65_HS1-834228961_62-HQ-83894_Section_6
Agency: FBI
Page 257
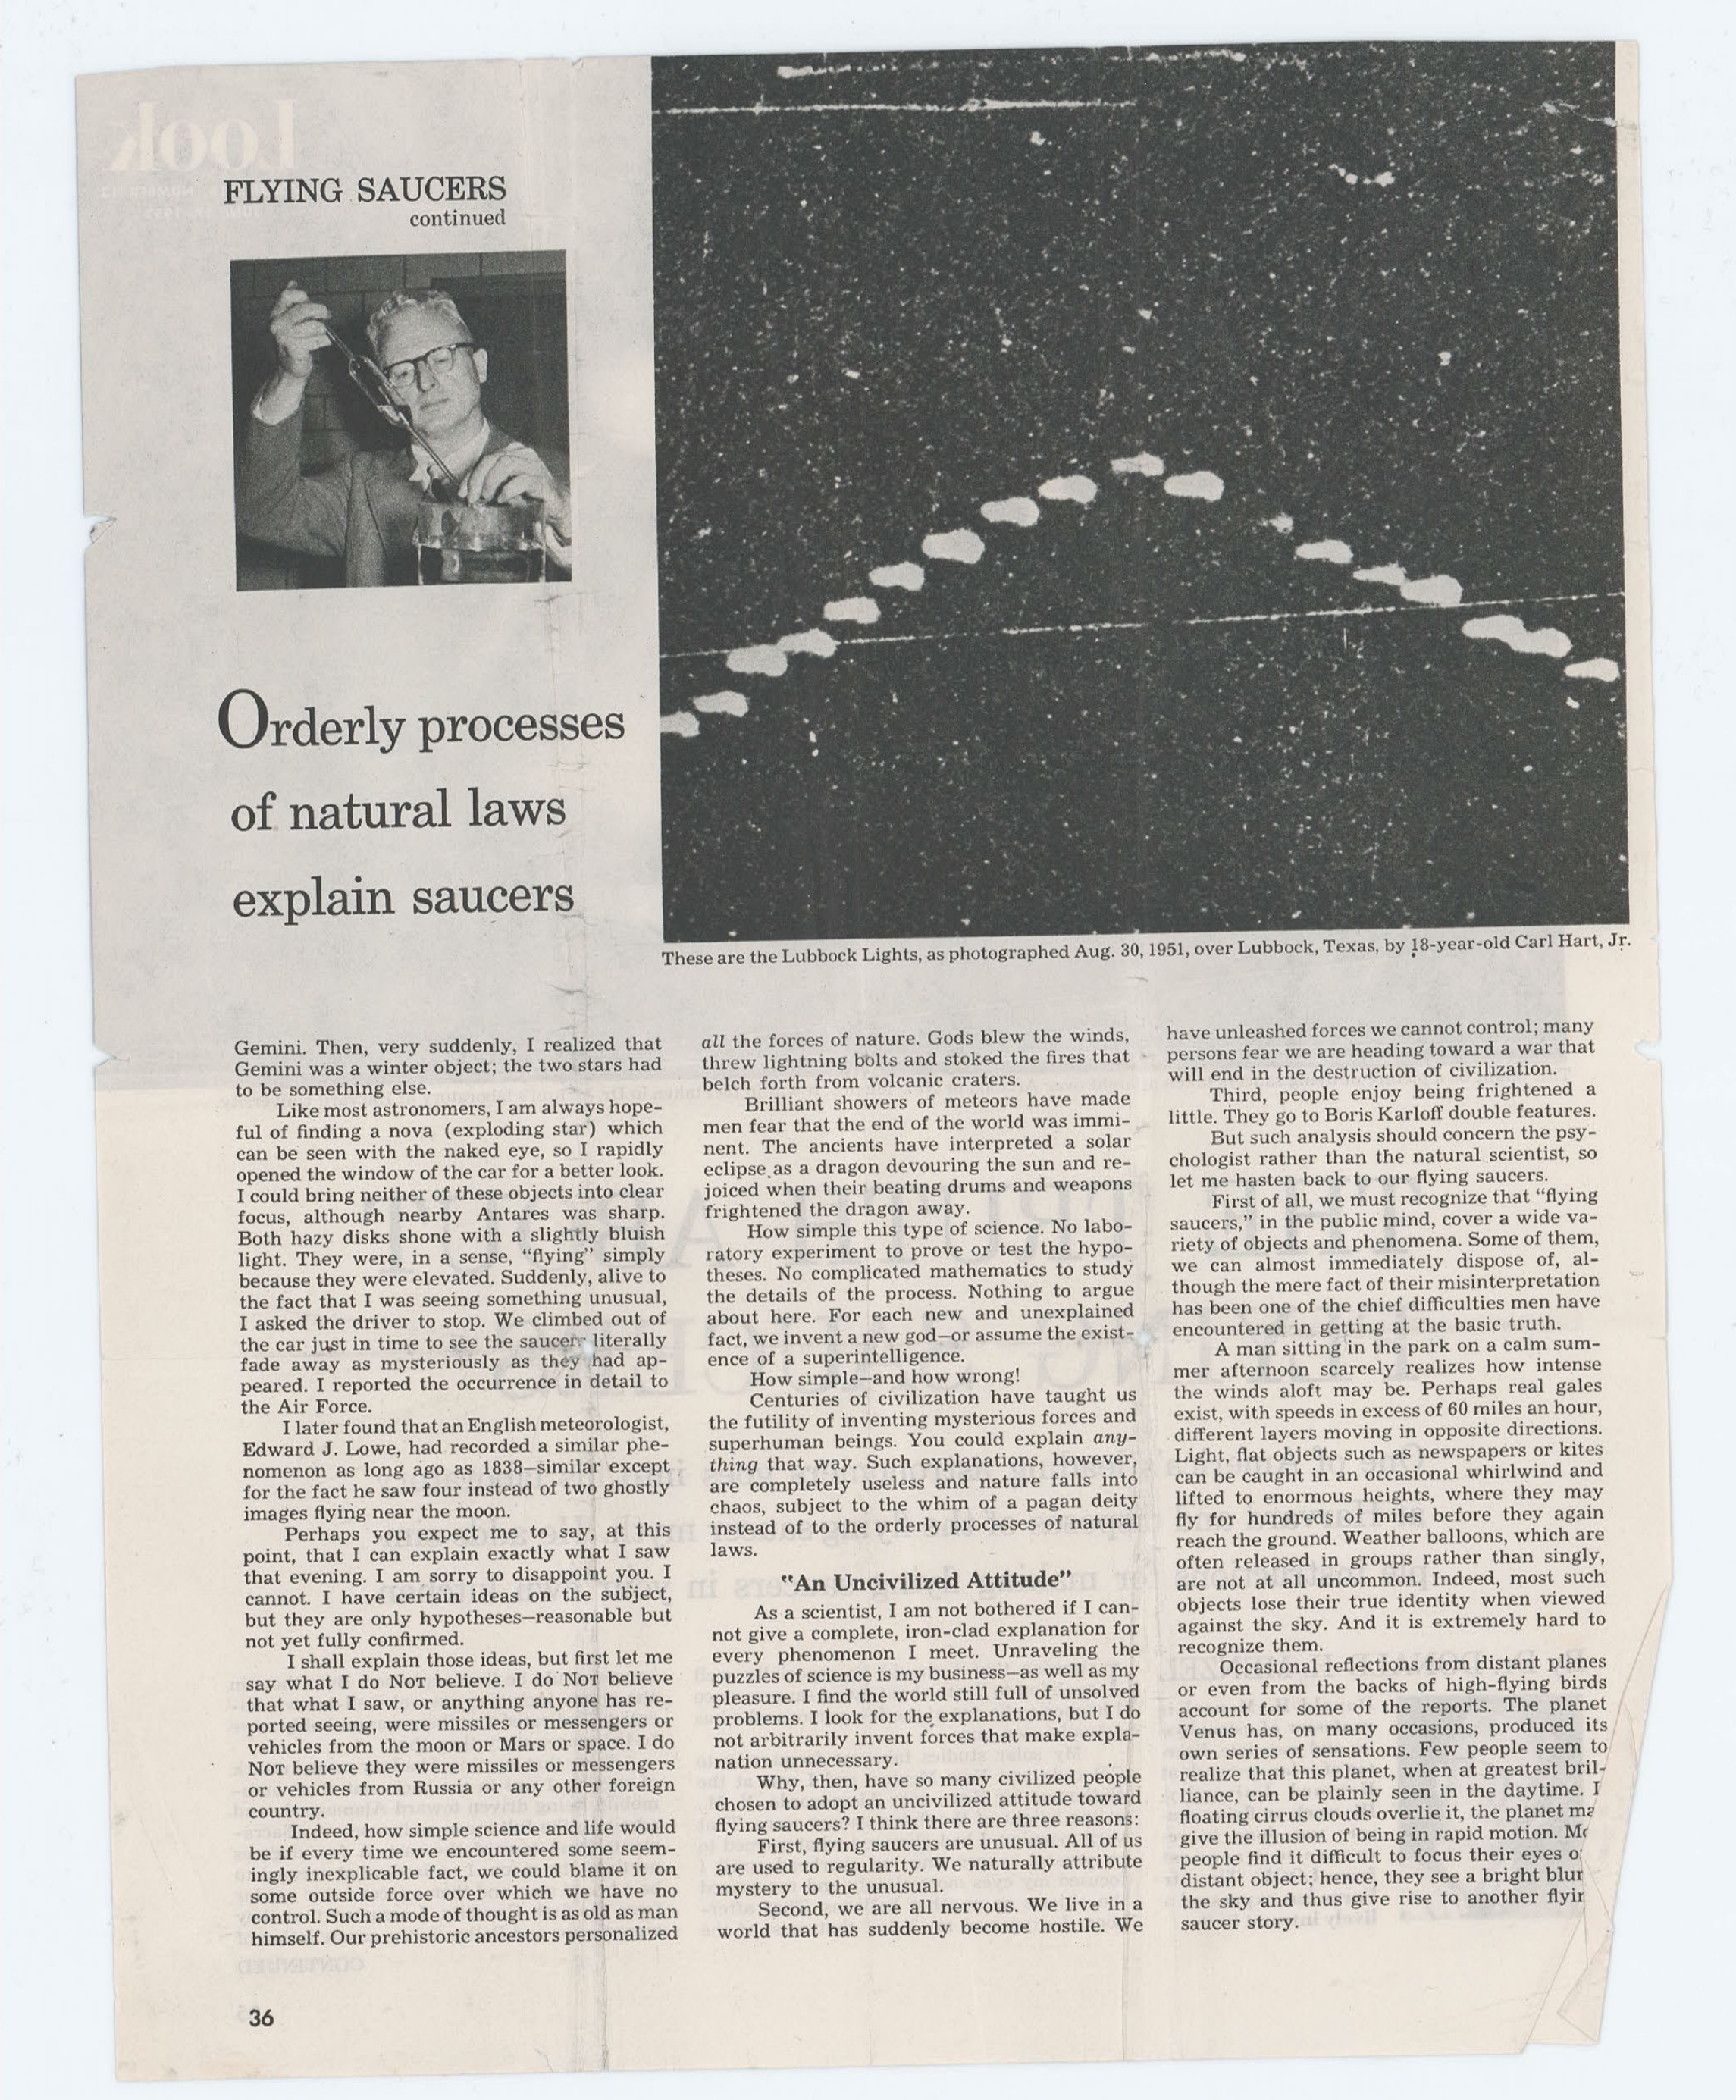